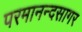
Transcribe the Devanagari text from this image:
परमानन्दसागर